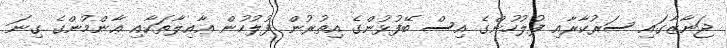
ޖަނާޒާގައި ސަރުކާރާއި ފުލުހުންގެ އިސް ބޭފުޅުންގެ އިތުރުން ފުލުހުން ޢާއިލާތަކާއި ޢާންމުންގެ ގިނަ